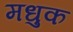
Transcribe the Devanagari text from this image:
मधुक